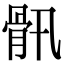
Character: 𩨖